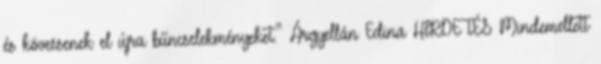
és kövessenek el újra bűncselekményeket.” Árgyellán Edina HIRDETÉS Mindemellett